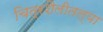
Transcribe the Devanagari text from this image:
चित्रशैलीतल्या